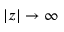
| z | \to \infty